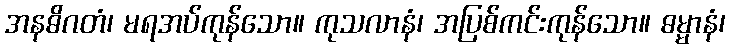
အနဓိဂတံ၊ မရအပ်ကုန်သော။ ကုသလာနံ၊ အပြစ်ကင်းကုန်သော။ ဓမ္မာနံ၊